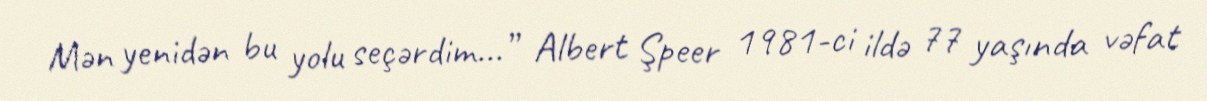
Mən yenidən bu yolu seçərdim...” Albert Şpeer 1981-ci ildə 77 yaşında vəfat